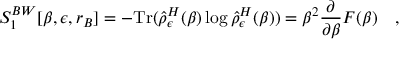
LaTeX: S _ { 1 } ^ { B W } [ \beta , \epsilon , r _ { B } ] = - \mathrm { T r } ( \hat { \rho } _ { \epsilon } ^ { H } ( \beta ) \log \hat { \rho } _ { \epsilon } ^ { H } ( \beta ) ) = \beta ^ { 2 } { \frac { \partial } { \partial \beta } } { \cal F } ( \beta ) ~ ~ ~ ,